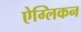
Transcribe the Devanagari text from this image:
ऐग्लिकन